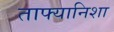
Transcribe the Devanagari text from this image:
ताफ्यानिशा